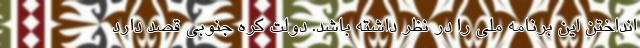
انداختن این برنامه ملی را در نظر داشته باشد. دولت کره جنوبی قصد دارد